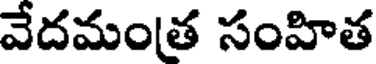
వేదమంత సంహిత